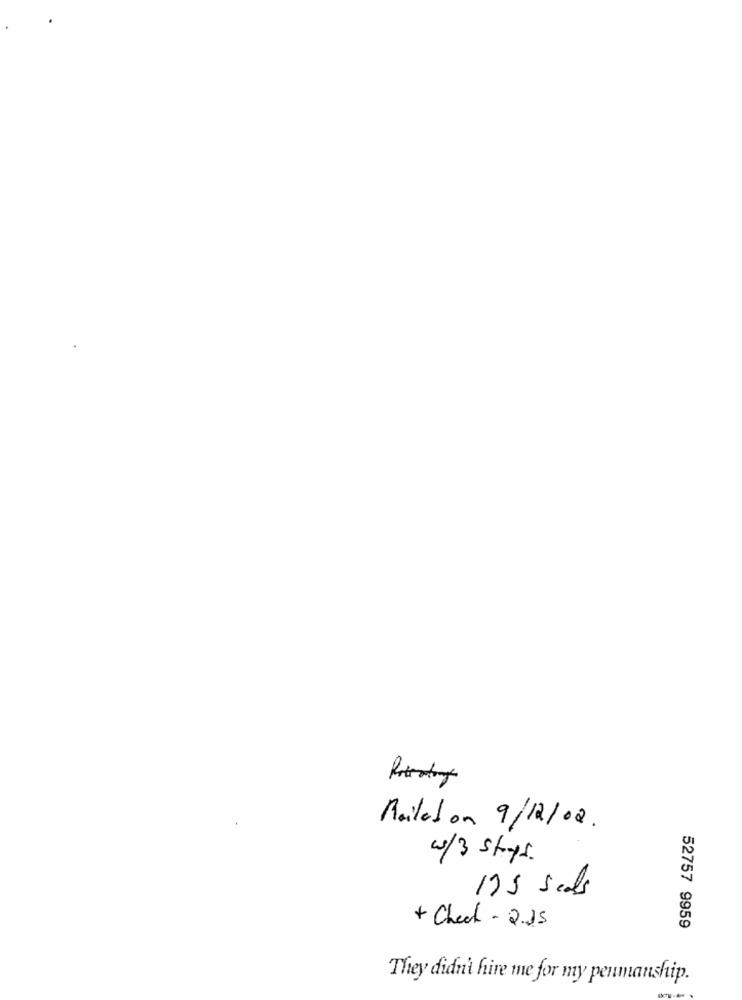
Mailabon 9/12/02 .
w/3 strys.
175 Seals
+ Check - 2.25
52757 9959
They didn' hire me for my penmanship.